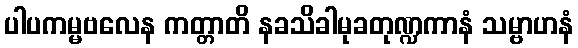
ပါပကမ္မဗလေန ကတ္တာတိ နခသိခါမုခတုဏ္ဍကာနံ သမ္ဗာဟနံ